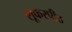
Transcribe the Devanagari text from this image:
शूकरपीठ